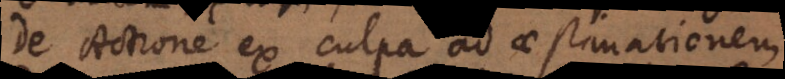
De Actione ex culpa ad aestimationem.